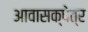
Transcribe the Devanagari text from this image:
आवासक्षेत्र